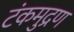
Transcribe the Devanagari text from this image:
टंकमुद्रण